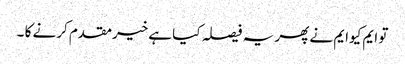
تو ایم کیوایم نے پھر یہ فیصلہ کیا ہےخیرمقدم کرنے کا ۔